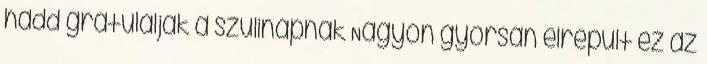
hadd gratuláljak a szülinapnak Nagyon gyorsan elrepült ez az